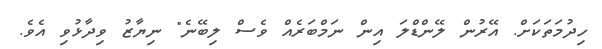
ހިދުމަތަކަށް. އޭރުން ލޭންޑްލަ އިން ނަމްބަރެއް ވެސް ލިބޭނެ" ނިޔާޒު ވިދާޅުވި އެވެ.